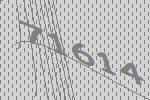
71614